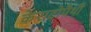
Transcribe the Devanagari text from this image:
केराटोपैथी